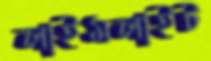
লাইমলাইট